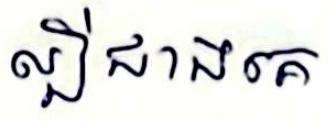
ល្បីជាងគេ